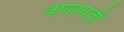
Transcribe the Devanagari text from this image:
वणस्पती